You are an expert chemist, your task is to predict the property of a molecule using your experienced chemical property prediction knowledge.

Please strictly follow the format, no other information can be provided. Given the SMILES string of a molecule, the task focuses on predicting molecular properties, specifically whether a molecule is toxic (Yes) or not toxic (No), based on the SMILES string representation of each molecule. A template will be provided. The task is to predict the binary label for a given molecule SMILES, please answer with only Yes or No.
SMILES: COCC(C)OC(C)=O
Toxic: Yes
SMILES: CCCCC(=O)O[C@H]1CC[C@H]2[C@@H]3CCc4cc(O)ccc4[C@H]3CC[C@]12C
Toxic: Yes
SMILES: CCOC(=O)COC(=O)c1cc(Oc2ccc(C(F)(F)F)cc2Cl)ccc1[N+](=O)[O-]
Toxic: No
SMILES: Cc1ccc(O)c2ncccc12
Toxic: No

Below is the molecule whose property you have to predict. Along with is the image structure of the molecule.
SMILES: O=[Cr](=O)([O-])O[Cr](=O)(=O)[O-]
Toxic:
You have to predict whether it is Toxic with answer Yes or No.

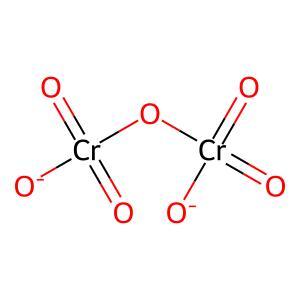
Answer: No